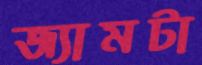
জ্যামটা